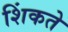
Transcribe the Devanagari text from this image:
शिंकते